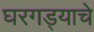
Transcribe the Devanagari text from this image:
घरगड्याचे